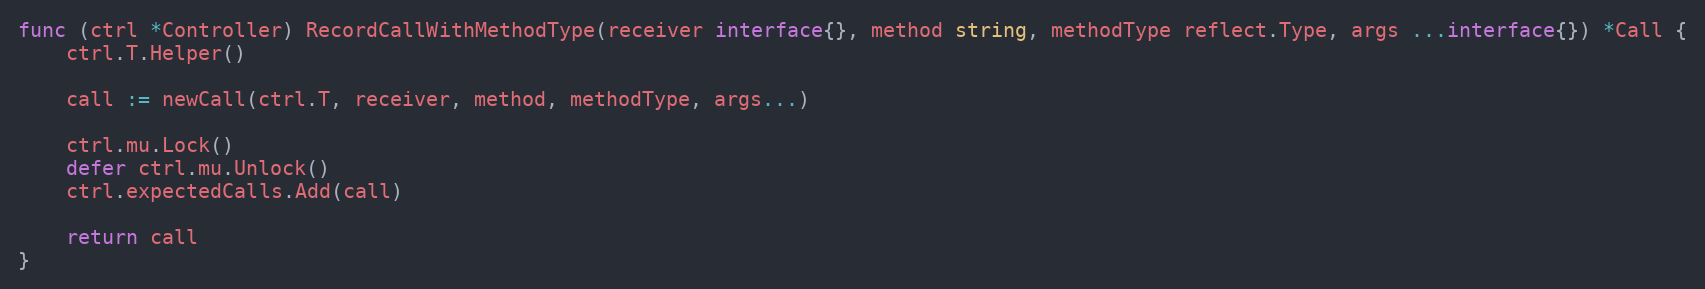
Language: Go
func (ctrl *Controller) RecordCallWithMethodType(receiver interface{}, method string, methodType reflect.Type, args ...interface{}) *Call {
	ctrl.T.Helper()

	call := newCall(ctrl.T, receiver, method, methodType, args...)

	ctrl.mu.Lock()
	defer ctrl.mu.Unlock()
	ctrl.expectedCalls.Add(call)

	return call
}